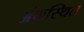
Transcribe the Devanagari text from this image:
अंकस्थित